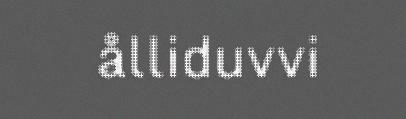
ålliduvvi